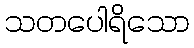
သတပေါရိသော